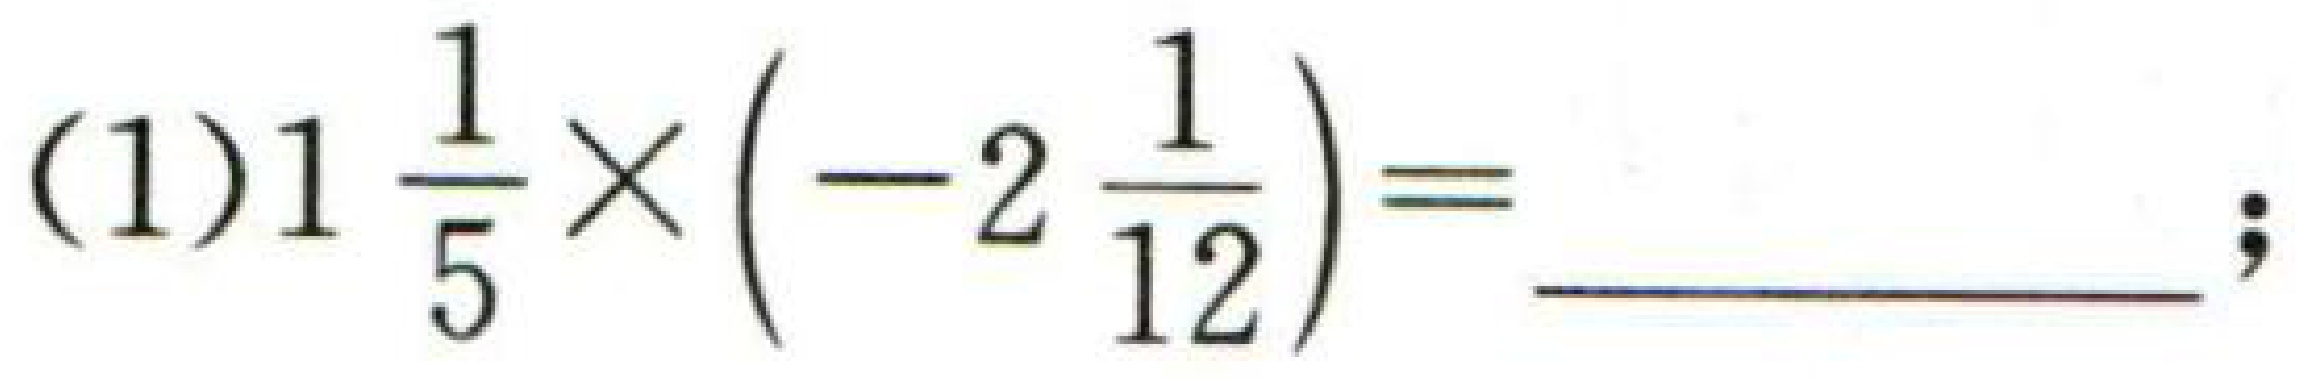
$(1)1\frac{1}{5}\times(-2\frac{1}{12})=\underline{\qquad\qquad};$